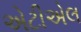
એટીએલ